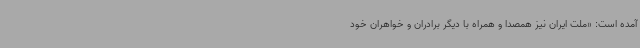
آمده است: «ملت ایران نیز همصدا و همراه با دیگر برادران و خواهران خود